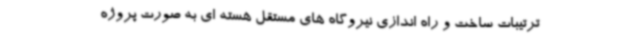
ترتیبات ساخت و راه اندازی نیروگاه های مستقل هسته ای به صورت پروژه